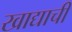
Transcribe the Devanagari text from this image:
खाद्याची